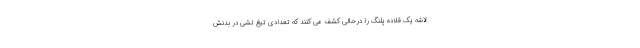
لاشه یک قلاده پلنگ را درحالی کشف می کنند که تعدادی تیغ تشی در بدنش